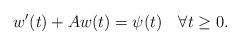
LaTeX: \begin{align*}w'(t)+Aw(t)=\psi(t)\quad\forall t\geq 0.\end{align*}